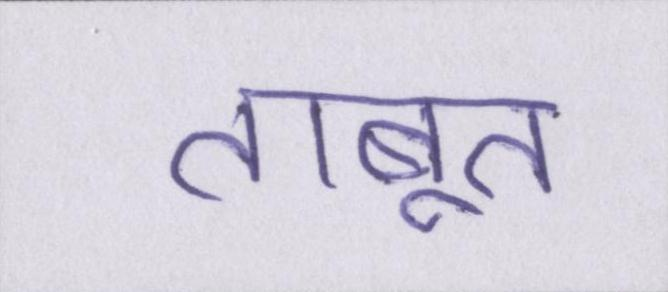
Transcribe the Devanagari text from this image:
ताबूत